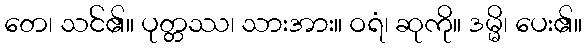
တေ၊ သင်၏။ ပုတ္တဿ၊ သားအား။ ဝရံ၊ ဆုကို။ ဒမ္မိ၊ ပေး၏။